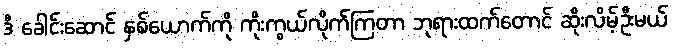
ဒီ ခေါင်းဆောင် နှစ်ယောက်ကို ကိုးကွယ်လိုက်ကြတာ ဘုရားထက်တောင် ဆိုးလိမ့်ဦးမယ်